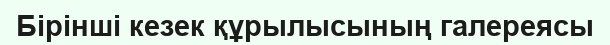
Бірінші кезек құрылысының галереясы